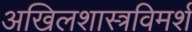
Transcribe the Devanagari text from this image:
अखिलशास्त्रविमर्श